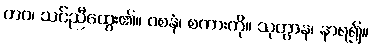
တဝ၊ သင်ညီထွေး၏။ ဝစနံ၊ စကားကို။ သုတွာန၊ နာရ၍။